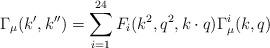
LaTeX: \begin{align*}\Gamma_\mu(k',k'') = \sum_{i=1}^{24} F_i(k^2, q^2, k\cdot q) \Gamma_\mu^i(k,q) \end{align*}